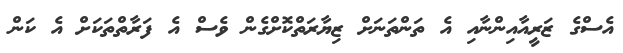
އެސްގެ ޒަރީއާއިންނާއި އެ ތަންތަނަށް ޒިޔާރަތްކޮށްގެން ވެސް އެ ފަރާތްތަކަށް އެ ކަން